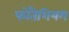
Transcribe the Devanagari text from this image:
फोतैशियम